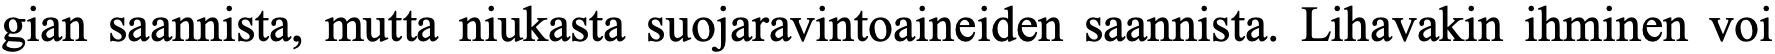
gian saannista, mutta niukasta suojaravintoaineiden saannista. Lihavakin ihminen voi